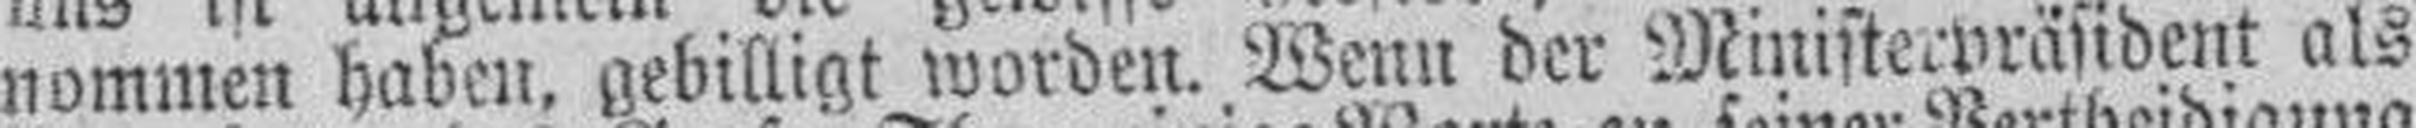
nommen haben, gebilligt worden. Wenn der Ministerpräsident als